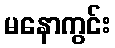
မနောကွင်း